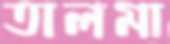
তালমা